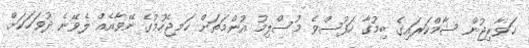
ޚަވާރިޖުން ޝާމްކަރައިގެ ބިމުގާ ހަފުސްވެ މުސްލިމު އުންމަތަށް ހަމޖެހުމުގެ ނޭވާއެއް ލެވޭނެ ދުވަހަކަށް